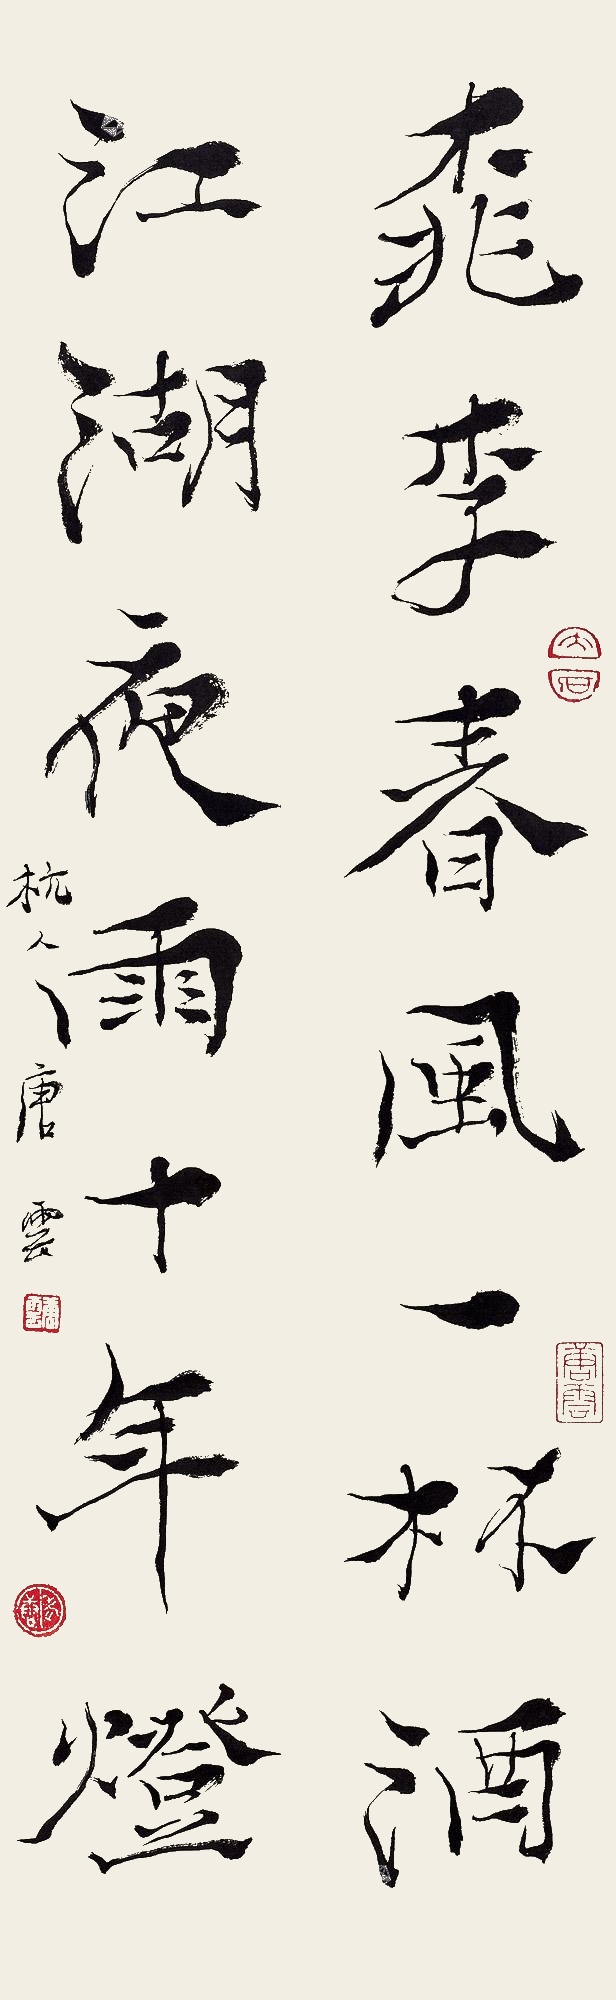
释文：桃李春风一杯酒，江湖夜雨十年灯。杭人唐云。